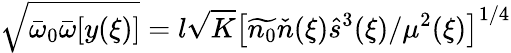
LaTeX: \sqrt{{\bar{\omega}}_{0}{\bar{\omega}}[y(\xi)]}=l\sqrt{K}\left[\widetilde{n_{0}}\check{n}(\xi)\hat{s}^{3}(\xi)/\mu^{2}(\xi)\right]^{1/4}